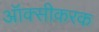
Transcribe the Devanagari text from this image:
ऑक्सीकरक